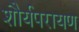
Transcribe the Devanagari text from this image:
शौर्यपरायण